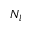
N _ { l }